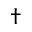
\dagger